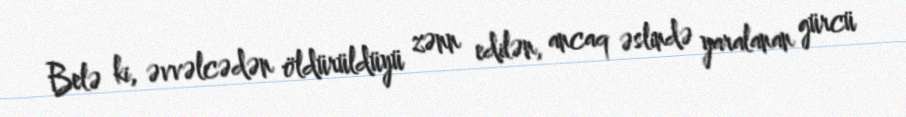
Belə ki, əvvəlcədən öldürüldüyü zənn edilən, ancaq əslində yaralanan gürcü